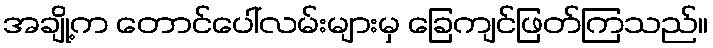
အချို့က တောင်ပေါ်လမ်းများမှ ခြေကျင်ဖြတ်ကြသည်။